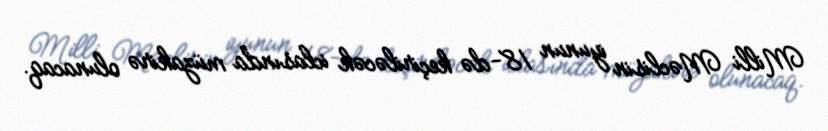
Milli Məclisin iyunun 18-də keçiriləcək iclasında müzakirə olunacaq.